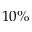
1 0 \%